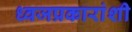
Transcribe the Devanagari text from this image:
ध्वजप्रकारांशी